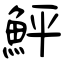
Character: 鮃